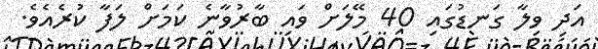
އަދި ވިލާ ގަނޑުގައި 40 މޭލަށް ވައި ބާރުވާނެ ކަމަށް ލަފާ ކުރެއެވެ.